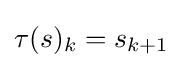
\tau (s)_{k}=s_{k+1}